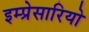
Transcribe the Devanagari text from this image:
इम्प्रेसारियो